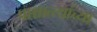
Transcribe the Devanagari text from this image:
पाश्चात्त्यांच्या